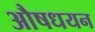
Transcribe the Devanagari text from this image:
औषधयन